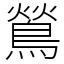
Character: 鶑